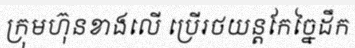
ក្រុមហ៊ុនខាងលើ ប្រើរថយន្តកែច្នៃដឹក